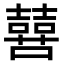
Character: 𫬔